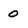
Character: o